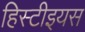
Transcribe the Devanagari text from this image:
हिस्टीइयस